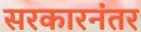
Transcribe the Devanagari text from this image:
सरकारनंतर